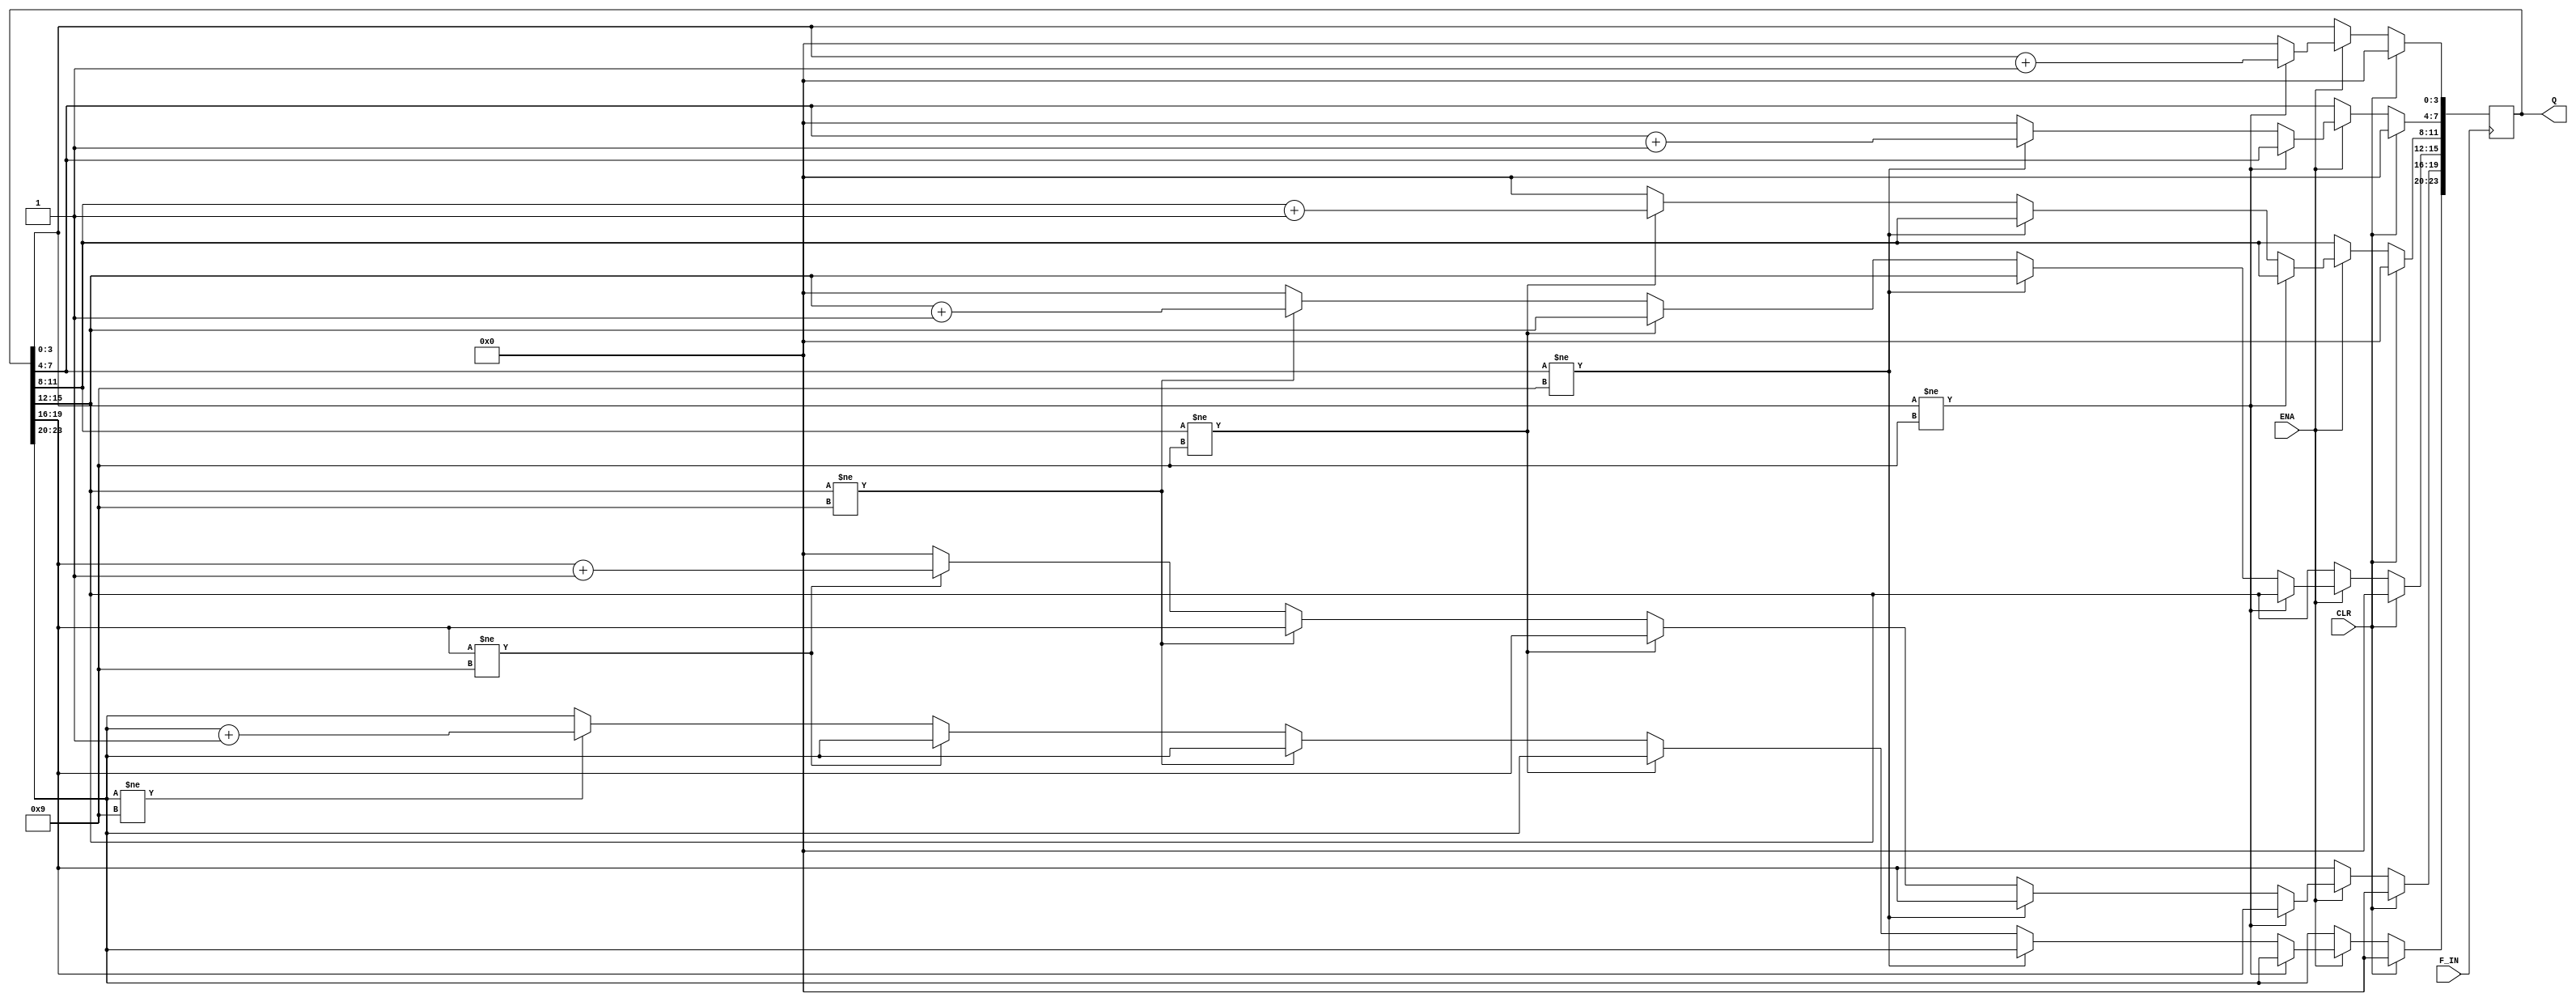
module counter6bit_test(ENA,CLR,F_IN,Q);
    input ENA;
    input CLR;
    input F_IN;
    output [23:0] Q;  
    reg [23:0] Q;
    reg F_OUT;
    


		

always@(posedge F_IN) begin
    if(CLR == 1) Q<=0;
    else if(ENA == 0) Q<=Q;
    else begin
       if(Q[3:0] != 9)begin
            Q[3:0] <= Q[3:0] + 1;
       end
       else begin
            Q[3:0] <= 0;
            if(Q[7:4] != 9)
                Q[7:4] <= Q[7:4] + 1;
            else begin
                Q[7:4] <= 0;
                if(Q[11:8] != 9)
                    Q[11:8] <= Q[11:8] + 1;
                else begin
                    Q[11:8] <= 0;
                    if(Q[15:12] != 9)
                        Q[15:12] <= Q[15:12] + 1;
                    else begin
                        Q[15:12] <= 0;
                        if(Q[19:16] != 9)
                            Q[19:16] <= Q[19:16] + 1;
                        else begin
                            Q[19:16] <= 0;
                            if(Q[23:20] != 9)
                                Q[23:20] <= Q[23:20] + 1;
                        end
                    end
                end
            end
       end
    end


end
endmodule